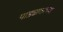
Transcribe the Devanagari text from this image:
पाड्यावरच्या